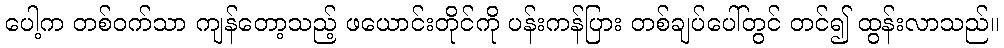
ပေါ့က တစ်ဝက်သာ ကျန်တော့သည့် ဖယောင်းတိုင်ကို ပန်းကန်ပြား တစ်ချပ်ပေါ်တွင် တင်၍ ထွန်းလာသည်။